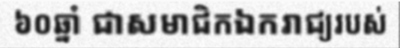
៦០ឆ្នាំ ជាសមាជិកឯករាជ្យរបស់